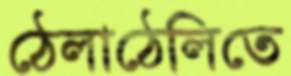
ঠেলাঠেলিতে